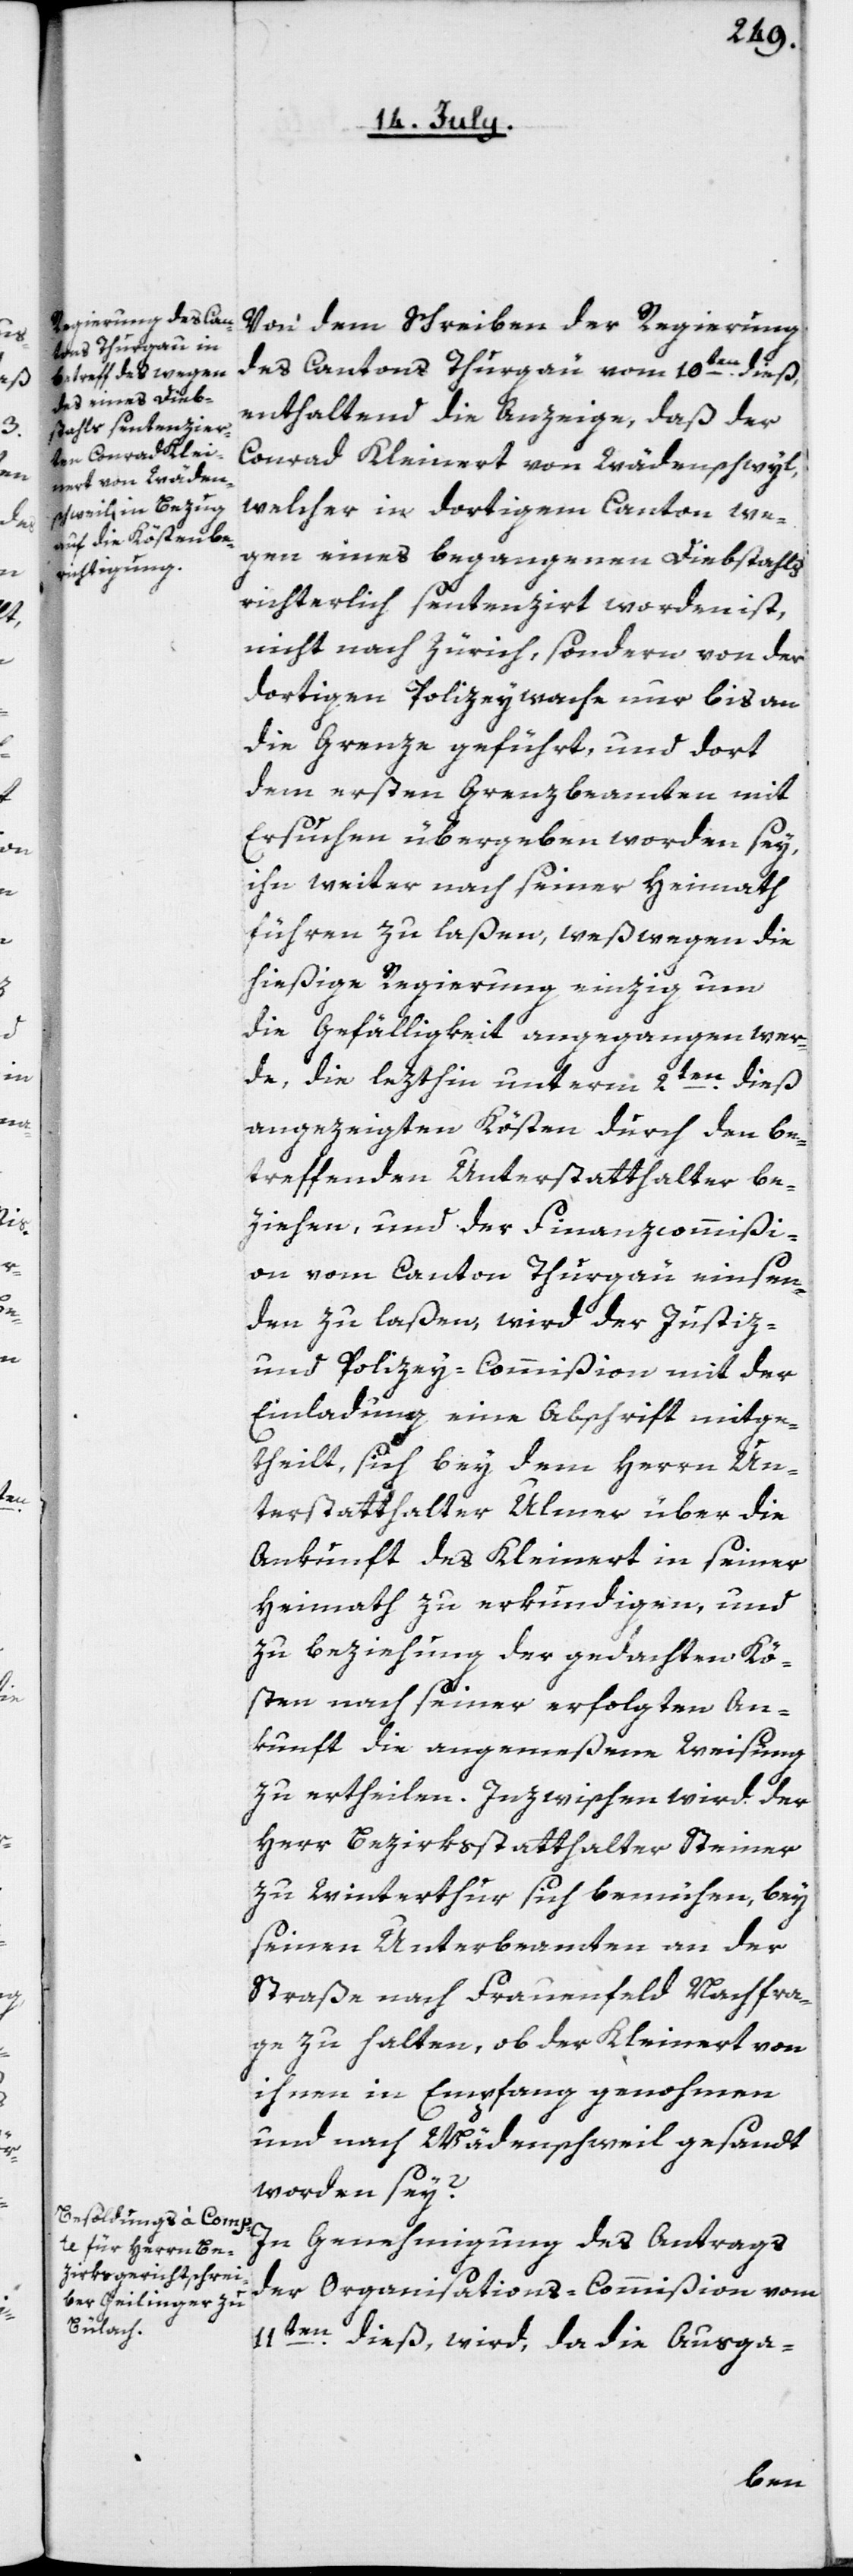
Von dem Schreiben der Regierung
des Cantons Thurgau vom 10ten dieß,
enthaltend die Anzeige, daß der
Conrad Kleinert von Wädenschwyl,
welcher in dortigem Canton we¬
gen eines begangenen Diebstahls
richterlich sentenzirt worden ist,
nicht nach Zürich, sondern von der
dortigen Polizeywache nur bis an
die Grenze geführt, und dort
dem ersten Grenzbeamten mit
Ersuchen übergeben worden sey,
ihn weiter nach seiner Heimath
führen zu laßen, weßwegen die
hiesige Regierung einzig um
die Gefälligkeit angegangen wer¬
de, die lezthin unterm 2ten dieß
angezeigten Kösten durch den be¬
treffenden Unterstatthalter be¬
ziehen, und der Finanzcommißi¬
on vom Canton Thurgau einsen¬
den zu laßen, wird der Justiz-
und Polizey-Commißion mit der
Einladung eine Abschrift mitge¬
theilt, sich bey dem Herrn Un¬
terstatthalter Ulmer über die
Ankunft des Kleinert in seiner
Heimath zu erkundigen, und
zu Beziehung der gedachten Kö¬
sten nach seiner erfolgten An¬
kunft die angemeßene Weisung
zu ertheilen. Inzwischen wird der
Herr Bezirksstatthalter Steiner
zu Winterthur sich bemühen, bey
seinen Unterbeamten an der
Straße nach Frauenfeld Nachfra¬
ge zu halten, ob der Kleinert von
ihnen in Empfang genohmen
und nach Wädenschweil gesandt
worden sey?
In Genehmigung des Antrags
der Organisations-Commißion vom
11ten dieß, wird, da die Ausga-